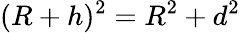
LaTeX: (R+h)^{2}=R^{2}+d^{2}\,